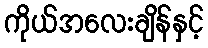
ကိုယ်အလေးချိန်နှင့်